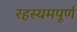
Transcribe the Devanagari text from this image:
रहस्यमपूर्ण